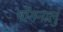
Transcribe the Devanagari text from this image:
पोंगनालु